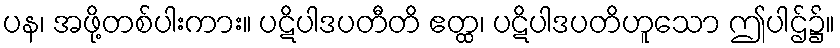
ပန၊ အဖို့တစ်ပါးကား။ ပဋိပါဒပတီတိ ဧတ္ထ၊ ပဋိပါဒပတိဟူသော ဤပါဌ်၌။